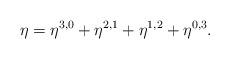
LaTeX: \begin{align*}\eta = \eta^{3,0} + \eta^{2,1} + \eta^{1,2} + \eta^{0,3}.\end{align*}